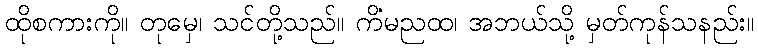
ထိုစကားကို။ တုမှေ၊ သင်တို့သည်။ ကိံမညထ၊ အဘယ်သို့ မှတ်ကုန်သနည်း။